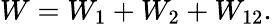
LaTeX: W=W_{1}+W_{2}+W_{12}.